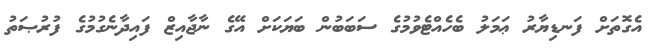
އެގޮތަށް ފަނޑިޔާރު ޢަމަލު ބެހެއްޓެވުމުގެ ސަބަބުން ބަޔަކަށް އޭގެ ނާޖާއިޒް ފައިދާނެގުމުގެ ފުރުޞަތު